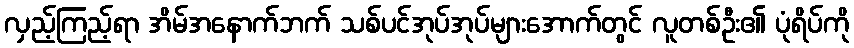
လှည့်ကြည့်ရာ အိမ်အနောက်ဘက် သစ်ပင်အုပ်အုပ်များအောက်တွင် လူတစ်ဦး၏ ပုံရိပ်ကို